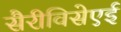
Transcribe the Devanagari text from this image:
सैरीविसेएई